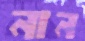
নান